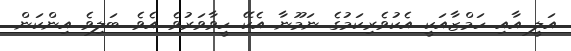
އަލީ އާއި ހަމްޒާއަކީ އެކުވެރިކަމުގެ ނަމޫނާ އެކޭ ހީވާވަރުވެ އެވެ. ބަލިވެ އިންކަން